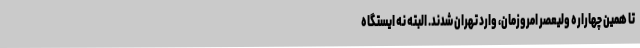
تا همین چهاراره ولیعصر امروزمان، وارد تهران شدند. البته نه ایستگاه